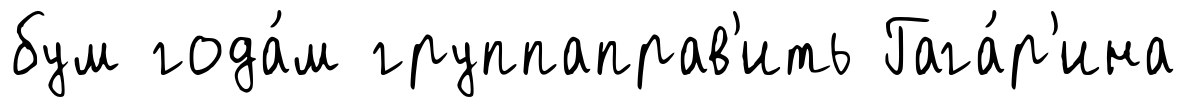
бум года́м группаправ'ить Гага́р'ина